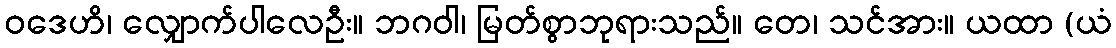
ဝဒေဟိ၊ လျှောက်ပါလေဦး။ ဘဂဝါ၊ မြတ်စွာဘုရားသည်။ တေ၊ သင်အား။ ယထာ (ယံ